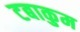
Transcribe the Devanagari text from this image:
टबाकुम